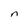
Character: n